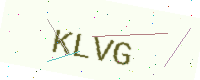
Text: KLVG